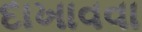
દાખાવવા